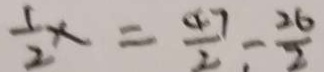
\frac { 1 } { 2 } x = \frac { 4 7 } { 2 } - \frac { 2 6 } { 2 }